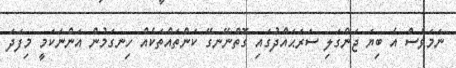
ނަމަވެސް އެ ބިޔަ ޖަންގަލި ސަރަޙައްދުގައި ގޮތްނޭނގޭ ކަންތައްތަކެއް ހިނގަމުން އަންނަކަމީ މިފަދަ